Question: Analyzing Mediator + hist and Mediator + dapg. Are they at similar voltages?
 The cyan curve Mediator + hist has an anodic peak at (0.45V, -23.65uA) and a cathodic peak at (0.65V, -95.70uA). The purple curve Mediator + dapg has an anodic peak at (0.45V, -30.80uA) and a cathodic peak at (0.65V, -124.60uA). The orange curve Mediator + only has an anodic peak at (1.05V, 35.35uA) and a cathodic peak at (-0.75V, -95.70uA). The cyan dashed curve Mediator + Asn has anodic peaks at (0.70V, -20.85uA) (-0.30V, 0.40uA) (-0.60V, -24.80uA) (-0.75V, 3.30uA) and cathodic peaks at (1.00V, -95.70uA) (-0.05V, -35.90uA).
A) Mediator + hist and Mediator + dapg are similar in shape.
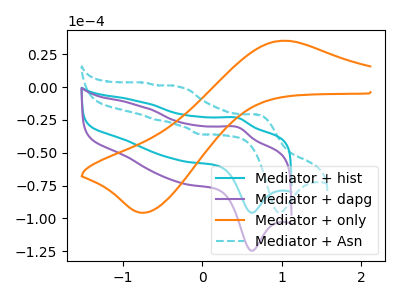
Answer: <think>All the peaks in "Mediator + hist" have a peak in "Mediator + dapg" at the same potential.
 </think>
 <answer>A) "Mediator + hist" and "Mediator + dapg" are similar in shape.</answer>
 <eval>A</eval>